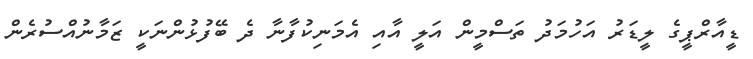
ޑީއާރްޕީގެ ލީޑަރު އަހުމަދު ތަސްމީން އަލީ އާއި އެމަނިކުފާނާ ދެ ބޭފުޅުންނަކީ ޒަމާނުއްސުރެން